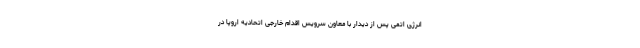
انرژی اتمی پس از دیدار با معاون سرویس اقدام خارجی اتحادیه اروپا در